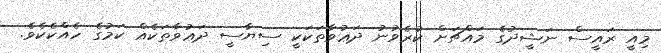
މިއީ ރައީސް ނަޝީދުގެ މައްޗަށް ކުރެވުނު ދަޢުވާތަކަކީ ސިޔާސީ ދަޢުވާތަކެއް ކަމުގެ ހެއްކެކެވެ.